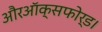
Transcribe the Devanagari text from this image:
औरऑक्सफोर्ड।